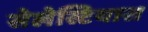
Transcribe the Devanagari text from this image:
सेलेस्टियास